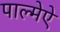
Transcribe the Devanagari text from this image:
पाल्मेऐ